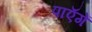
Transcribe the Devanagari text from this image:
पाएॅगें